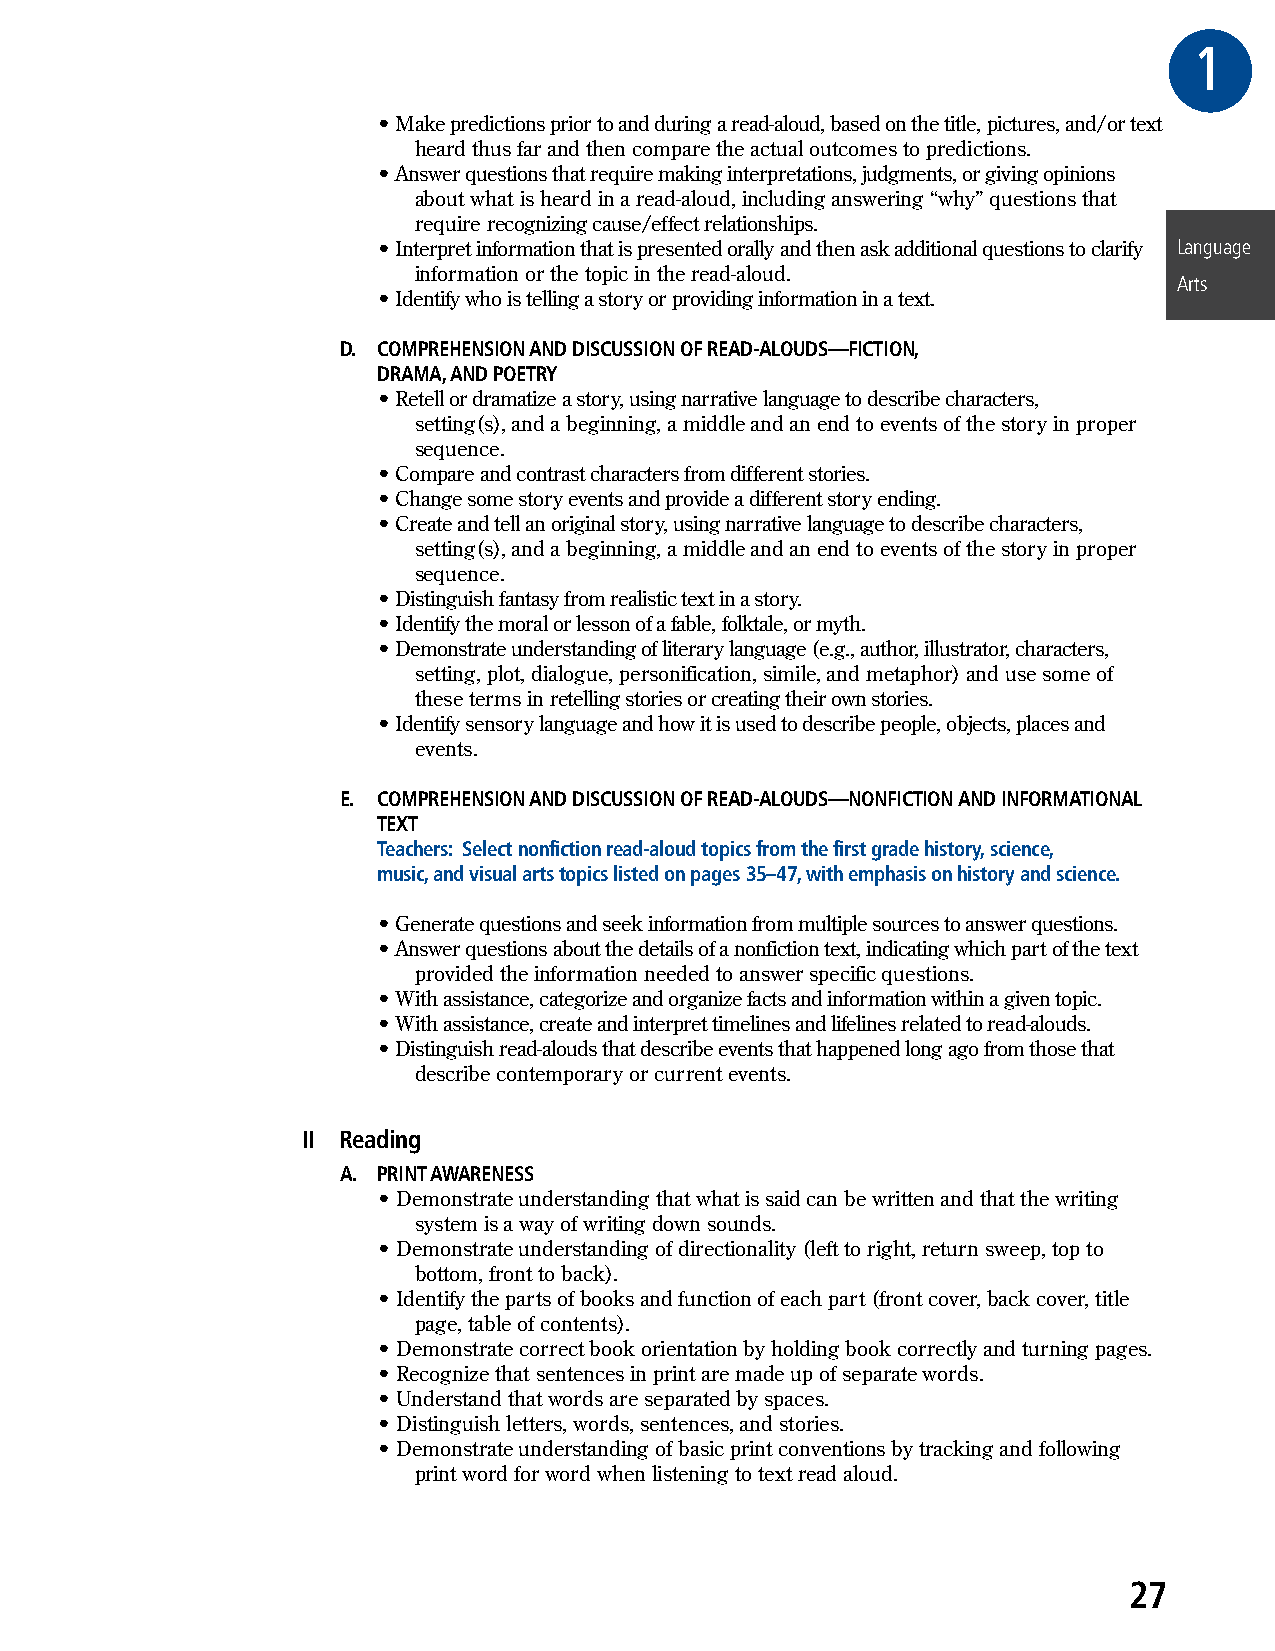
1GR
 • Make predictions prior to and during a read-aloud, based on the title, pictures, and/or text
 heard thus far and then compare the actual outcomes to predictions.
 • Answer questions that require making interpretations, judgments, or giving opinions
 about what is heard in a read-aloud, including answering “why” questions that
 require recognizing cause/effect relationships.
 • Interpret information that is presented orally and then ask additional questions to clarify Language
 information or the topic in the read-aloud.
 Arts
 • Identify who is telling a story or providing information in a text.
 D. COMPREHENSION AND DISCUSSION OF READ-ALOUDS—FICTION,
 DRAMA, AND POETRY
 • Retell or dramatize a story, using narrative language to describe characters,
 setting(s), and a beginning, a middle and an end to events of the story in proper
 sequence.
 • Compare and contrast characters from different stories.
 • Change some story events and provide a different story ending.
 • Create and tell an original story, using narrative language to describe characters,
 setting(s), and a beginning, a middle and an end to events of the story in proper
 sequence.
 • Distinguish fantasy from realistic text in a story.
 • Identify the moral or lesson of a fable, folktale, or myth.
 • Demonstrate understanding of literary language (e.g., author, illustrator, characters,
 setting, plot, dialogue, personification, simile, and metaphor) and use some of
 these terms in retelling stories or creating their own stories.
 • Identify sensory language and how it is used to describe people, objects, places and
 events.
 E. COMPREHENSION AND DISCUSSION OF READ-ALOUDS—NONFICTION AND INFORMATIONAL
 TEXT
 Teachers: Select nonfiction read-aloud topics from the first grade history, science,
 music, and visual arts topics listed on pages 35–47, with emphasis on history and science.
 • Generate questions and seek information from multiple sources to answer questions.
 • Answer questions about the details of a nonfiction text, indicating which part of the text
 provided the information needed to answer specific questions.
 • With assistance, categorize and organize facts and information within a given topic.
 • With assistance, create and interpret timelines and lifelines related to read-alouds.
 • Distinguish read-alouds that describe events that happened long ago from those that
 describe contemporary or current events.
 II Reading
 A. PRINT AWARENESS
 • Demonstrate understanding that what is said can be written and that the writing
 system is a way of writing down sounds.
 • Demonstrate understanding of directionality (left to right, return sweep, top to
 bottom, front to back).
 • Identify the parts of books and function of each part (front cover, back cover, title
 page, table of contents).
 • Demonstrate correct book orientation by holding book correctly and turning pages.
 • Recognize that sentences in print are made up of separate words.
 • Understand that words are separated by spaces.
 • Distinguish letters, words, sentences, and stories.
 • Demonstrate understanding of basic print conventions by tracking and following
 print word for word when listening to text read aloud.
 27